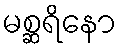
မစ္ဆရိနော